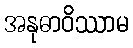
အနုဓာဝိဿာမ